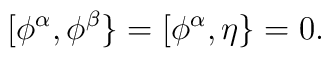
[\phi^\alpha ,\phi^\beta \}=[\phi^\alpha ,\eta\}=0.